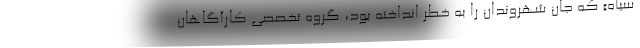
سیاه» که جان شهروندان را به خطر انداخته بود، گروه تخصصی کارآگاهان